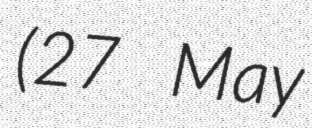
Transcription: (27 May